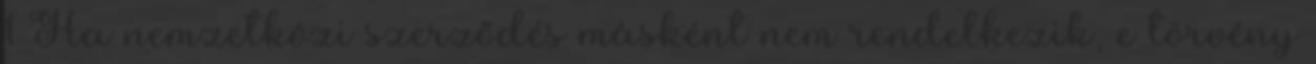
1 Ha nemzetközi szerződés másként nem rendelkezik, e törvény